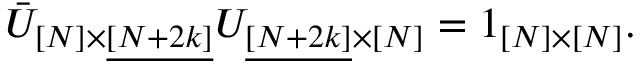
\bar { U } _ { [ N ] \times \underline { { { [ N + 2 k ] } } } } U _ { \underline { { { [ N + 2 k ] } } } \times [ N ] } = 1 _ { [ N ] \times [ N ] } .